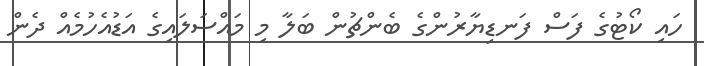
ހައި ކޯޓުގެ ފަސް ފަނޑިޔާރުންގެ ބެންޗުން ބަލާ މި މައްސަލައިގެ އަޑުއެހުމެއް ދެން